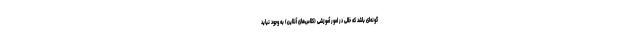
گونه‌ای باشد که خللی در امور آموزشی (کلاس‌های آنلاین) به وجود نیاید